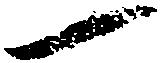
一